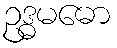
ဥဒ္ဓမဓော